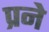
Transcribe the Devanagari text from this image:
प्रने